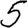
Digit: 5